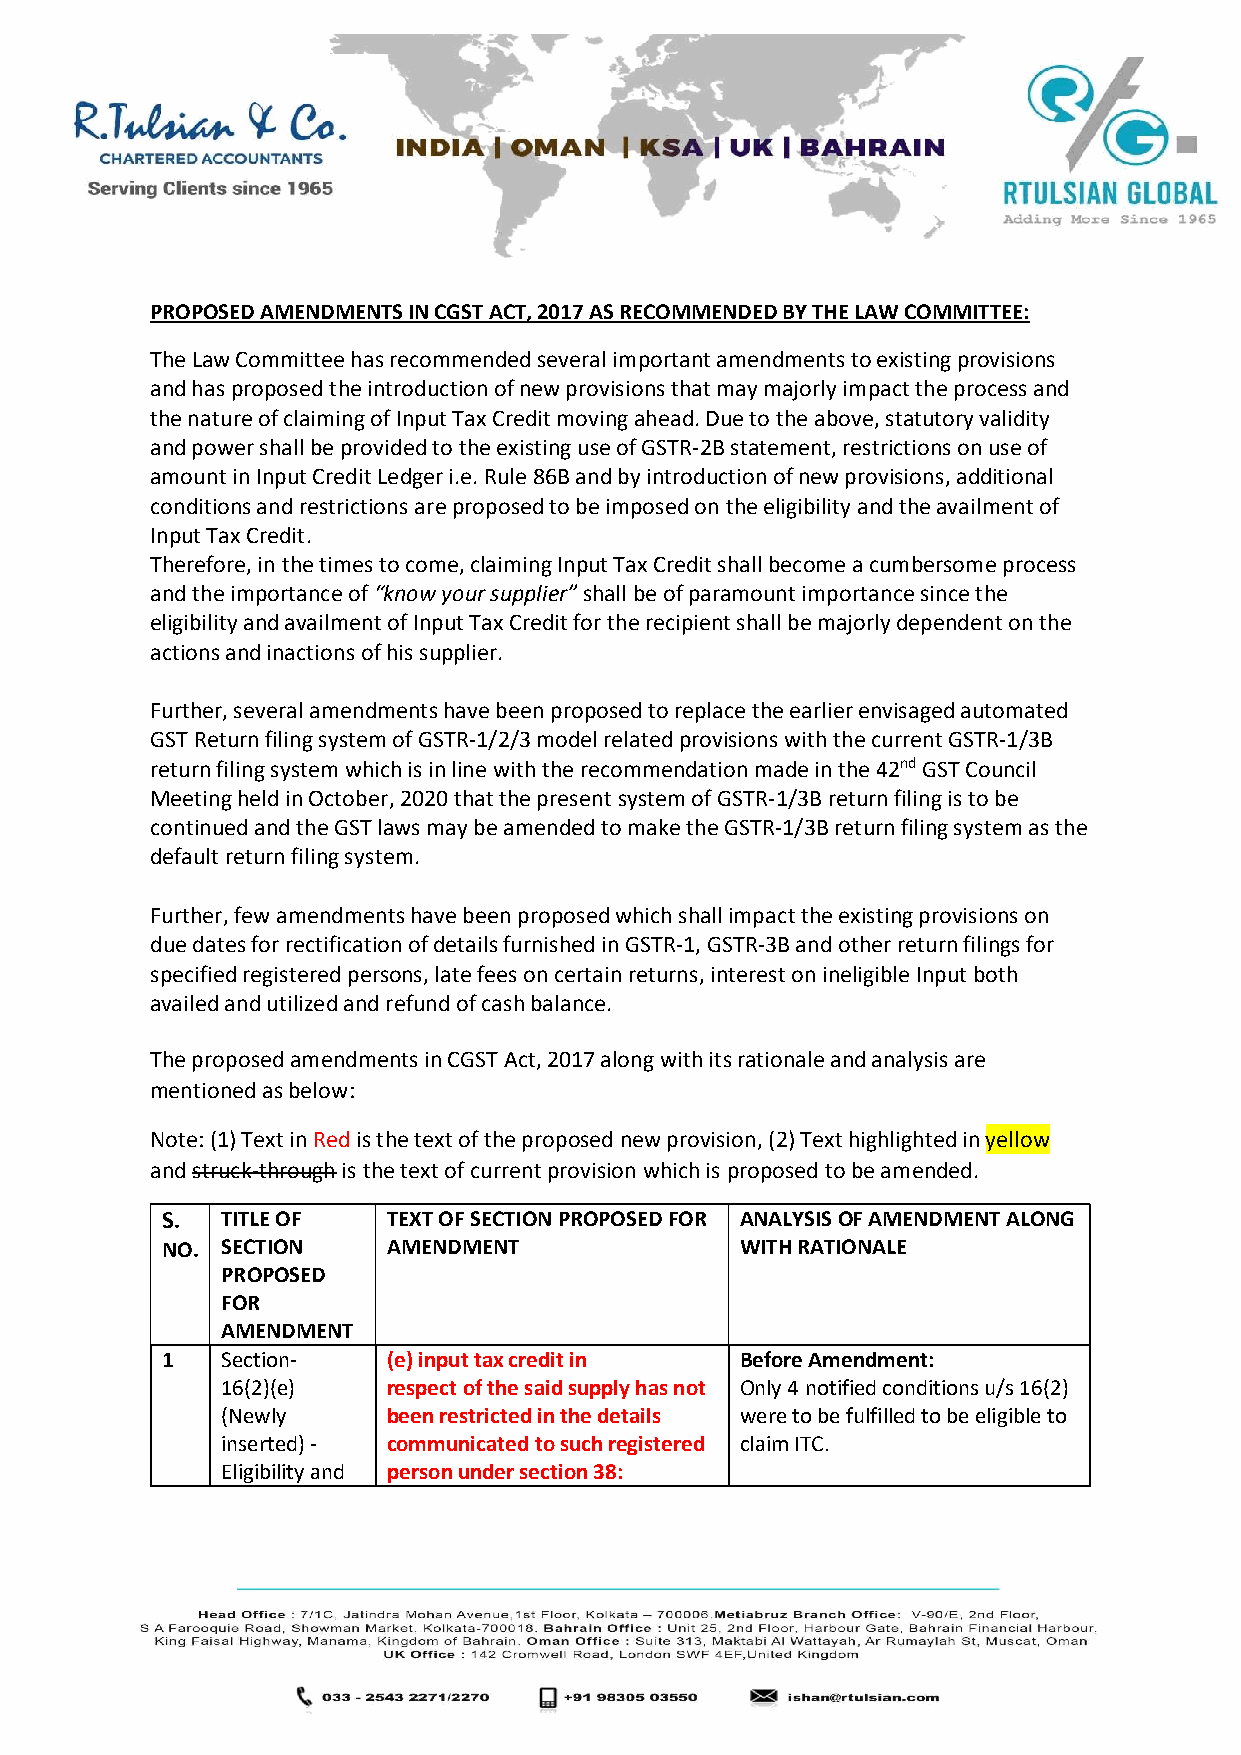
PROPOSED AMENDMENTS IN CGST ACT, 2017 AS RECOMMENDED BY THE LAW COMMITTEE:
 The Law Committee has recommended several important amendments to existing provisions
 and has proposed the introduction of new provisions that may majorly impact the process and
 the nature of claiming of Input Tax Credit moving ahead. Due to the above, statutory validity
 and power shall be provided to the existing use of GSTR-2B statement, restrictions on use of
 amount in Input Credit Ledger i.e. Rule 86B and by introduction of new provisions, additional
 conditions and restrictions are proposed to be imposed on the eligibility and the availment of
 Input Tax Credit.
 Therefore, in the times to come, claiming Input Tax Credit shall become a cumbersome process
 and the importance of “know your supplier” shall be of paramount importance since the
 eligibility and availment of Input Tax Credit for the recipient shall be majorly dependent on the
 actions and inactions of his supplier.
 Further, several amendments have been proposed to replace the earlier envisaged automated
 GST Return filing system of GSTR-1/2/3 model related provisions with the current GSTR-1/3B
 return filing system which is in line with the recommendation made in the 42nd GST Council
 Meeting held in October, 2020 that the present system of GSTR-1/3B return filing is to be
 continued and the GST laws may be amended to make the GSTR-1/3B return filing system as the
 default return filing system.
 Further, few amendments have been proposed which shall impact the existing provisions on
 due dates for rectification of details furnished in GSTR-1, GSTR-3B and other return filings for
 specified registered persons, late fees on certain returns, interest on ineligible Input both
 availed and utilized and refund of cash balance.
 The proposed amendments in CGST Act, 2017 along with its rationale and analysis are
 mentioned as below:
 Note: (1) Text in Red is the text of the proposed new provision, (2) Text highlighted in yellow
 and struck-through is the text of current provision which is proposed to be amended.
 S.  TITLE OF   TEXT OF SECTION PROPOSED FOR ANALYSIS OF AMENDMENT ALONG
 NO. SECTION    AMENDMENT              WITH RATIONALE
 PROPOSED
 FOR
 AMENDMENT
 1   Section-   (e) input tax credit in Before Amendment:
 16(2)(e)   respect of the said supply has not Only 4 notified conditions u/s 16(2)
 (Newly     been restricted in the details were to be fulfilled to be eligible to
 inserted) - communicated to such registered claim ITC.
 Eligibility and person under section 38: